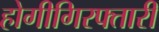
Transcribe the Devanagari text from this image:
होगीगिरफ्तारी